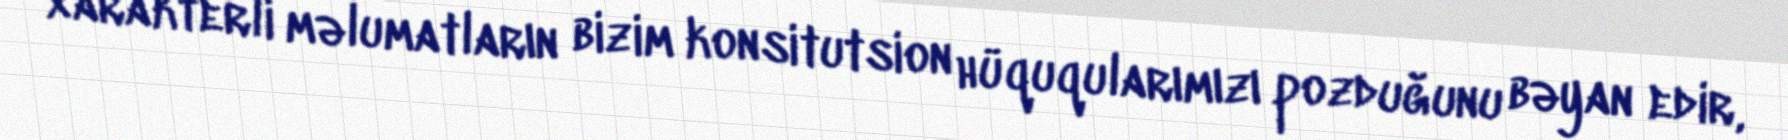
xarakterli məlumatların bizim konsitutsion hüquqularımızı pozduğunu bəyan edir,